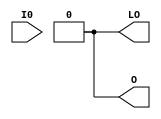
// $Header: /devl/xcs/repo/env/Databases/CAEInterfaces/verunilibs/data/unisims/LUT1_D.v,v 1.6.158.1 2007/03/09 18:13:09 patrickp Exp $
///////////////////////////////////////////////////////////////////////////////
// Copyright (c) 1995/2004 Xilinx, Inc.
// All Right Reserved.
///////////////////////////////////////////////////////////////////////////////
//   ____  ____
//  /   /\/   /
// /___/  \  /    Vendor : Xilinx
// \   \   \/     Version : 8.1i (I.13)
//  \   \         Description : Xilinx Functional Simulation Library Component
//  /   /                  1-input Look-Up-Table with Dual Output
// /___/   /\     Filename : LUT1_D.v
// \   \  /  \    Timestamp : Thu Mar 25 16:42:53 PST 2004
//  \___\/\___\
//
// Revision:
//    03/23/04 - Initial version.
//    02/04/05 - Rev 0.0.1 Replace premitive with function; Remove buf.
// End Revision

`timescale  100 ps / 10 ps


module LUT1_D (LO, O, I0);

    parameter INIT = 2'h0;

    input I0;

    output LO, O;
    
    wire LO, O;

    assign O = (INIT[0] == INIT[1]) ? INIT[0] : INIT[I0];
    assign LO = O;

endmodule